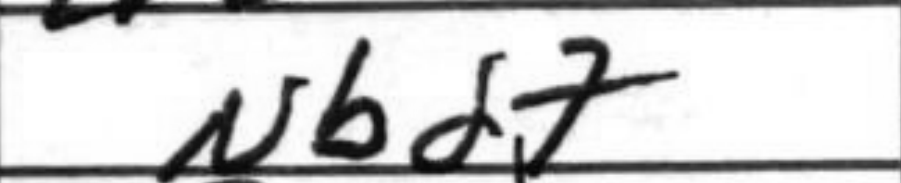
Transcription: Nbd7